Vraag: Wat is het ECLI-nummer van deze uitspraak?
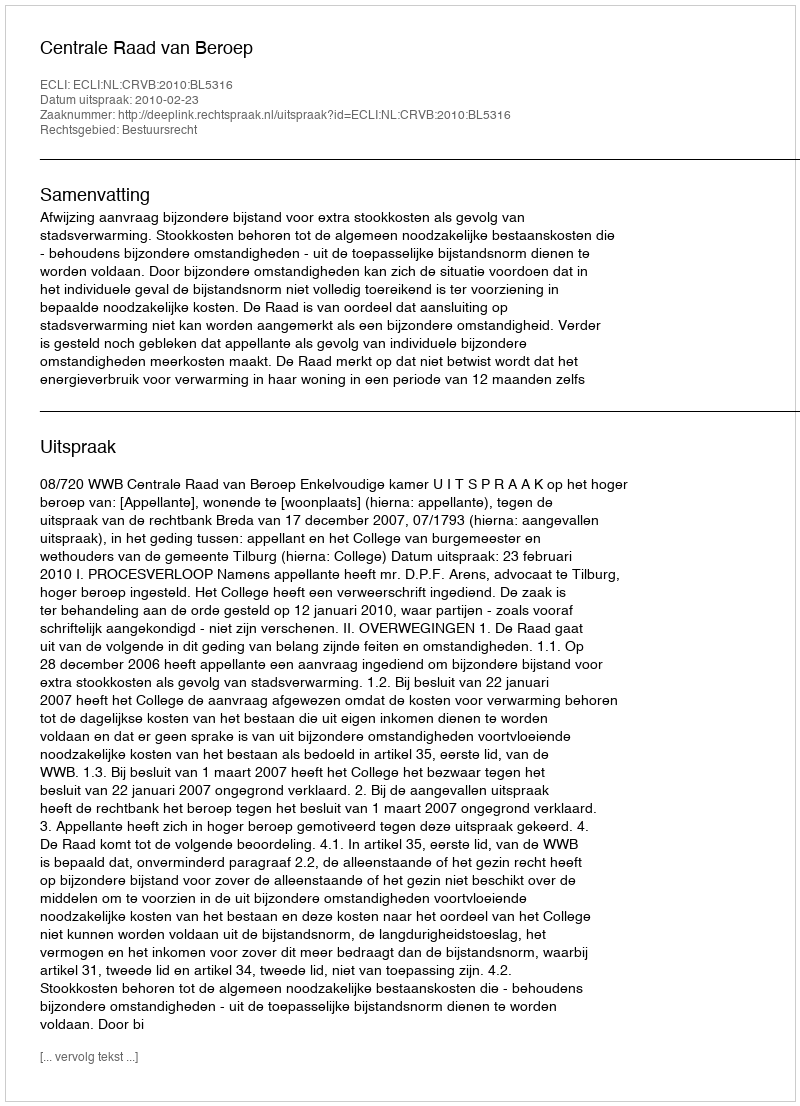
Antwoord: ECLI:NL:CRVB:2010:BL5316